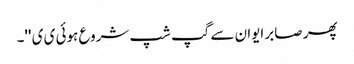
پھر صابر ایوان سے گپ شپ شروع ہوئی ی ی ''۔